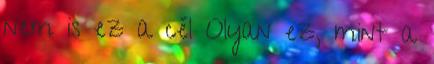
nem is ez a cél Olyan ez, mint a